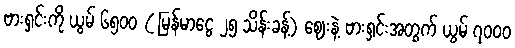
ဗားရှင်းကို ယွမ် ၆၅၀၀ ( မြန်မာငွေ ၂၅ သိန်းခန့်) ဈေးနဲ့ ဗားရှင်းအတွက် ယွမ် ၇၀၀၀